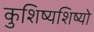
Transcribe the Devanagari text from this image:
कुशिष्यशिष्यो